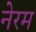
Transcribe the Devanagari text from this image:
नेरम